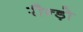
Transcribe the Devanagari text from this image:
रौन्ड़ो